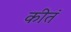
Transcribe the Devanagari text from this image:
कीतं